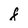
Character: F